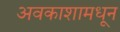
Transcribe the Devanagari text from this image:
अवकाशामधून